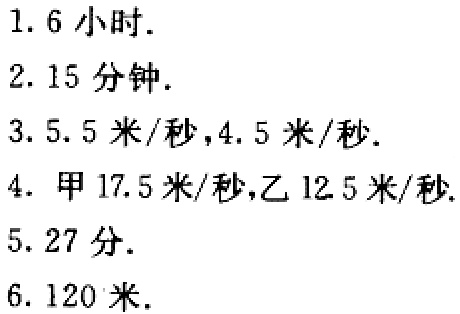
1. 6小时.

2. 15分钟.

3. 5.5米/秒,4.5米/秒.

4. 甲17.5米/秒,乙12.5米/秒.

5. 27分.

6. 120米.